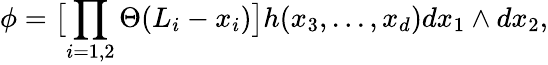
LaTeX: \phi=\bigl[\prod_{i=1,2}\Theta(L_{i}-x_{i})\bigr]h(x_{3},...,x_{d})dx_{1}\wedge dx_{2},